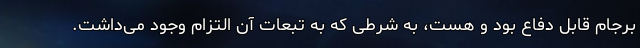
برجام قابل دفاع بود و هست، به شرطی که به تبعات آن التزام وجود می‌داشت.